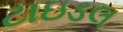
ટાઇડલ